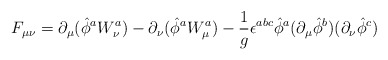
\begin{align*}F_{\mu \nu} = \partial _{\mu} (\hat{ \phi} ^a W^a _{\nu}) -\partial _{\nu} (\hat{ \phi} ^a W^a _{\mu}) - {1 \over g}\epsilon ^{abc} \hat{\phi } ^a ( \partial _{\mu} \hat{\phi } ^b )( \partial _{\nu} \hat{\phi } ^c )\end{align*}